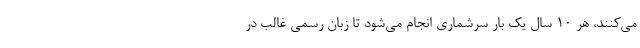
می‌کنند، هر ۱۰ سال یک بار سرشماری انجام می‌شود تا زبان رسمی غالب در